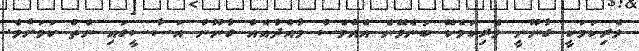
ވެރިކަމަކީ ގާނޫނީ ވެރިކަމެކޭ ބުނެވޭނެ އެއްވެސް މާއްދާއެއް ގާނޫނު އަސާސީގައި ނެތް ކަމަށެވެ.